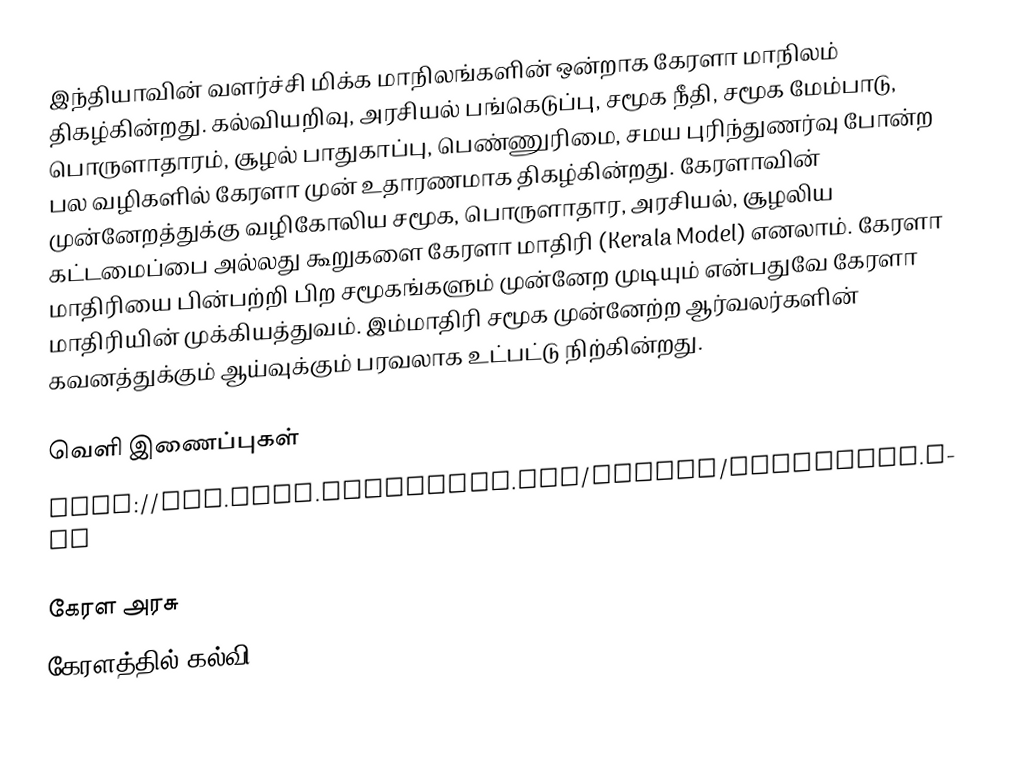
இந்தியாவின் வளர்ச்சி மிக்க மாநிலங்களின் ஒன்றாக கேரளா மாநிலம் திகழ்கின்றது. கல்வியறிவு, அரசியல் பங்கெடுப்பு, சமூக நீதி, சமூக மேம்பாடு, பொருளாதாரம், சூழல் பாதுகாப்பு, பெண்ணுரிமை, சமய புரிந்துணர்வு போன்ற பல வழிகளில் கேரளா முன் உதாரணமாக திகழ்கின்றது. கேரளாவின் முன்னேறத்துக்கு வழிகோலிய சமூக, பொருளாதார, அரசியல், சூழலிய கட்டமைப்பை அல்லது கூறுகளை கேரளா மாதிரி (Kerala Model) எனலாம். கேரளா மாதிரியை பின்பற்றி பிற சமூகங்களும் முன்னேற முடியும் என்பதுவே கேரளா மாதிரியின் முக்கியத்துவம். இம்மாதிரி சமூக முன்னேற்ற ஆர்வலர்களின் கவனத்துக்கும் ஆய்வுக்கும் பரவலாக உட்பட்டு நிற்கின்றது.

வெளி இணைப்புகள்
 http://www.chss.montclair.edu/anthro/isaacbook.htm

கேரள அரசு
கேரளத்தில் கல்வி